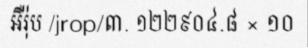
អឺរ៉ុប /jrop/៣. ១២២៩០៤.៨ × ១០